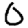
Digit: 0